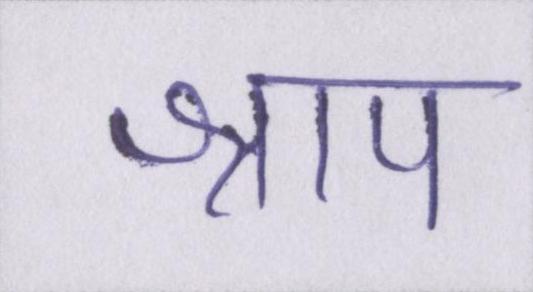
श्राप